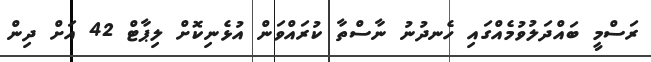
ރަސްމީ ބައްދަލުވުމެއްގައި ހެނދުނު ނާސްތާ ކުރައްވަން އުޅެނިކޮށް ލިޕާޓް 42 އަށް ދިން